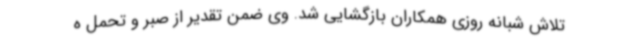
تلاش شبانه روزی همکاران بازگشایی شد. وی ضمن تقدیر از صبر و تحمل ه